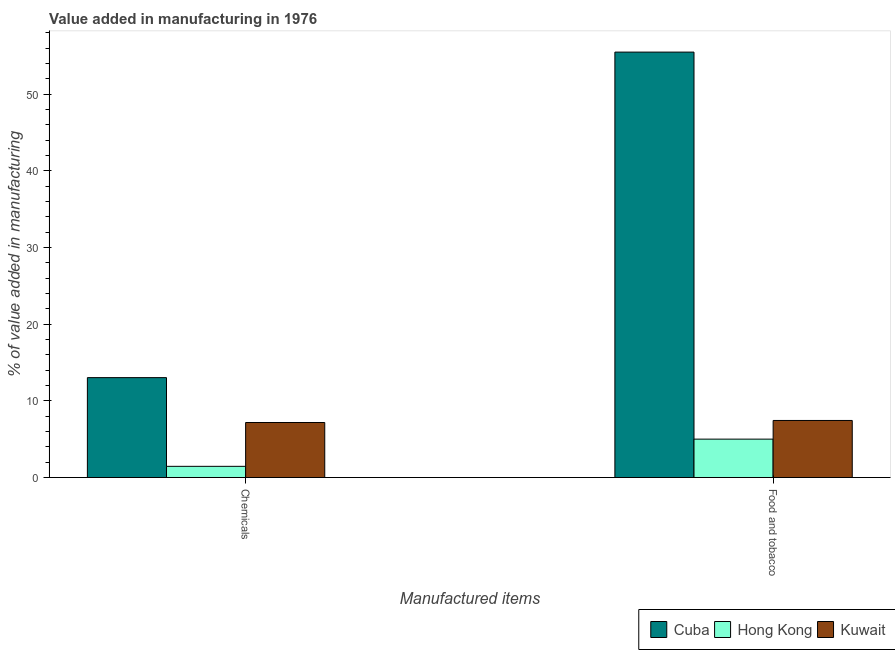
| Manufactured items | Cuba | Hong Kong | Kuwait |
 | --- | --- | --- | --- |
 | Chemicals | 13 | 1.46 | 7.18 |
 | Food and tobacco | 55.5 | 5.01 | 7.44 |